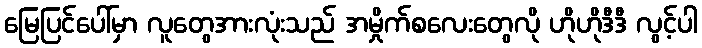
မြေပြင်ပေါ်မှာ လူတွေအားလုံးသည် အမှိုက်စလေးတွေလို ဟိုဟိုဒီဒီ လွင့်ပါ